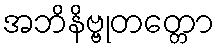
အဘိနိဗ္ဗုတတ္တော